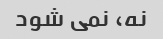
نه، نمی شود